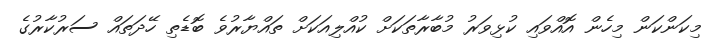
މިކަންކަން މިހެން އޮއްވައި ކުޅިވަރު މުބާރާތަކަށް ކުއްލިއަކަށް ތައްޔާރުވެ ބޮޑެތި ހޭދަތައް ސަރުކާރުގެ